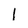
Character: 1